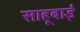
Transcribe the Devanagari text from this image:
साहूबाई